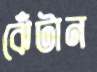
ঝেঁটান